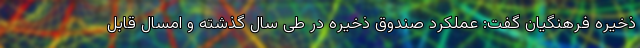
ذخیره فرهنگیان گفت: عملکرد صندوق ذخیره در طی سال گذشته و امسال قابل